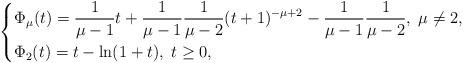
LaTeX: \begin{align*} \left\{\begin{aligned} &\Phi_\mu(t)=\frac{1}{\mu-1}t+\frac{1}{\mu-1}\frac{1}{\mu-2}(t+1)^{-\mu+2}-\frac{1}{\mu-1}\frac{1}{\mu-2},\;\mu\neq 2,\\ &\Phi_2(t)=t-\ln(1+t),\;t\geq 0, \end{aligned}\right.\end{align*}